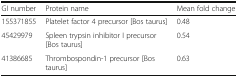
<table><thead><tr><td><b>GI number</b></td><td><b>Protein name</b></td><td><b>Mean fold change</b></td></tr></thead><tbody><tr><td>155371855</td><td>Platelet factor 4 precursor [Bos taurus]</td><td>0.48</td></tr><tr><td>45429979</td><td>Spleen trypsin inhibitor I precursor [Bos taurus]</td><td>0.54</td></tr><tr><td>41386685</td><td>Thrombospondin-1 precursor [Bos taurus]</td><td>0.63</td></tr></tbody></table>